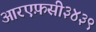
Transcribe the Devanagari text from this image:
आरएफ़सी३४३९